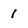
Character: 1